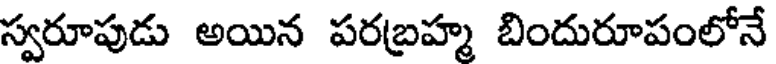
స్వరూపుడు అయిన పరబ్రహ్మ బిందురూపంలోనే